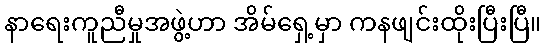
နာရေးကူညီမှုအဖွဲ့ဟာ အိမ်ရှေ့မှာ ကနဖျင်းထိုးပြီးပြီ။